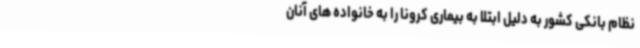
نظام بانکی کشور به دلیل ابتلا به بیماری کرونا را به خانواده های آنان